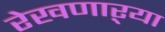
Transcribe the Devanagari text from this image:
रेखणाऱ्या